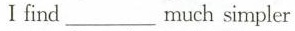
Ⅰ find ___much simpler